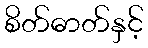
စိတ်ဓာတ်နှင့်